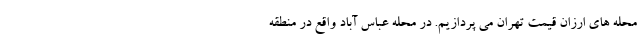
محله های ارزان قیمت تهران می پردازیم. در محله عباس آباد واقع در منطقه